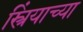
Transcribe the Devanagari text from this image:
स्त्रिंयाच्या